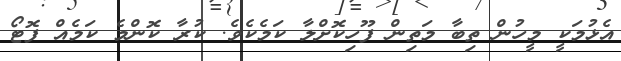
އެޅުމަކީ މީހުން ތިބާ މަތިން ފޫހިކޮށްލާ ކަމެކެވެ. ކުރާ ކޮންމެ ކަމެއް ފޮޓޯ